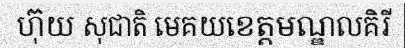
ហ៊ុយ សុជាតិ មេគយខេត្តមណ្ឌលគិរី